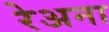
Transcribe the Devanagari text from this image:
रेअना